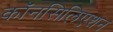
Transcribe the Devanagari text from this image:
कॉनसिलिएशन